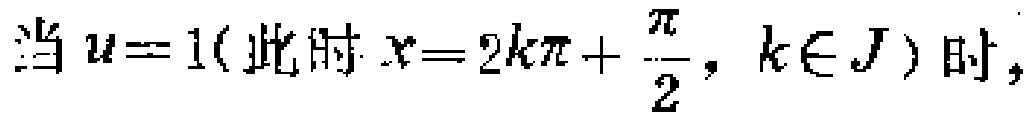
当 \(u = 1(\text{此时 }x = 2k\pi+\frac{\pi}{2}, k\in J)\) 时，